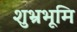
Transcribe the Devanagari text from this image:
शुभ्रभूमि